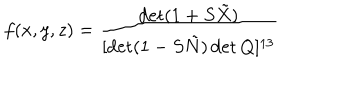
LaTeX: f ( x , y , z ) = \frac { \det ( 1 + S \tilde { X } ) } { [ \det ( 1 - S \tilde { N } ) \det Q ] ^ { 1 3 } }